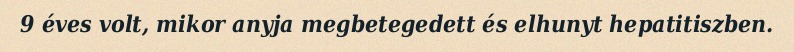
9 éves volt, mikor anyja megbetegedett és elhunyt hepatitiszben.